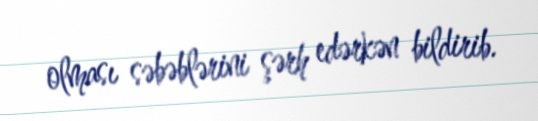
olması səbəblərini şərh edərkən bildirib.